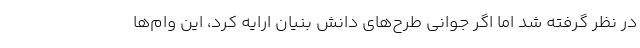
در نظر گرفته شد اما اگر جوانی طرح‌های دانش بنیان ارایه کرد، این وام‌ها